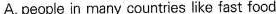
A. people in many countries like fast food